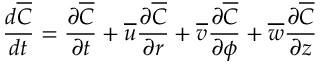
\frac { d \overline { { C } } } { d t } = \frac { \partial \overline { { C } } } { \partial t } + \overline { { u } } \frac { \partial \overline { { C } } } { \partial r } + \overline { { v } } \frac { \partial \overline { { C } } } { \partial \phi } + \overline { { w } } \frac { \partial \overline { { C } } } { \partial z }